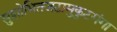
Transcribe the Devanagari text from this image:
सुशोभितजटामुकुटगंगा